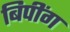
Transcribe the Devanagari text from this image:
बिपींग